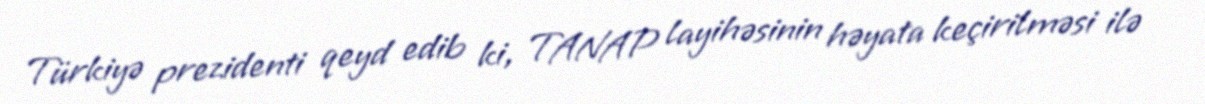
Türkiyə prezidenti qeyd edib ki, TANAP layihəsinin həyata keçirilməsi ilə